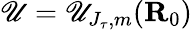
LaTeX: \mathscr{U}=\mathscr{U}_{J_{\tau},m}(\mathbf{{R}}_{0})